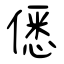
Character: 僁